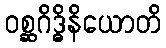
ဝစ္ဆဂိဒ္ဓိနိယောတိ